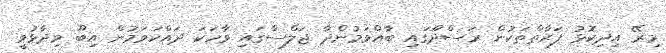
މިރޭ އިދިިކޮޅު ފަރާތްތަކުން ރަސްދޫގައި ބާއްވަމުންދާ ޖަލްސާގައި ވާހަކަ ދައްކަވަމުން އިބޫ ވިދާޅުވީ